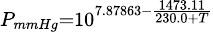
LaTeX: \scriptstyle P_{mmHg}=10^{7.87863-{\frac{1473.11}{230.0+T}}}